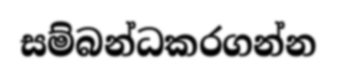
සම්බන්ධකරගන්න